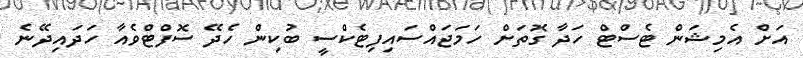
އަށް އެމިޝަން ޓެސްޓް ހަދާ ގޮތަށް ހަމަޖައްސައިފިޓެކްސީ ބުކިން ހެދޭ ސޮފްޓްވެއާ ހަދައިދޭނެ